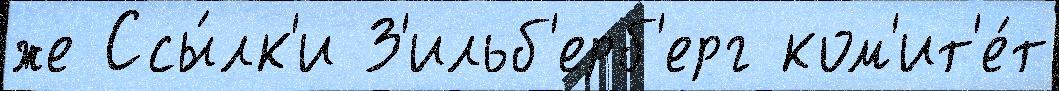
же Ссы́лк'и З'ильб'ерб'ерг ком'ит'е́т